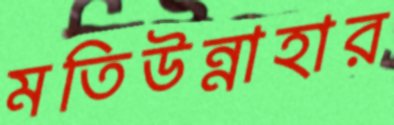
মতিউন্নাহার